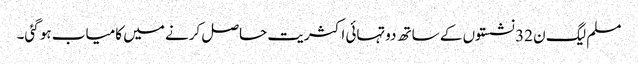
مسلم لیگ ن 32 نشستوں کے ساتھ دوتہائی اکثریت حاصل کرنے میں کامیاب ہو گئی۔